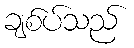
ချစ်ပ်သည်